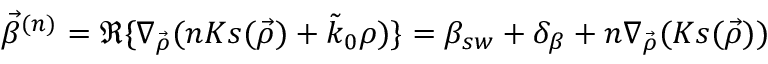
\vec { \beta } ^ { ( n ) } = \Re \{ \nabla _ { \vec { \rho } } ( n K s ( \vec { \rho } ) + \tilde { k } _ { 0 } \rho ) \} = \beta _ { s w } + \delta _ { \beta } + n \nabla _ { \vec { \rho } } ( K s ( \vec { \rho } ) )